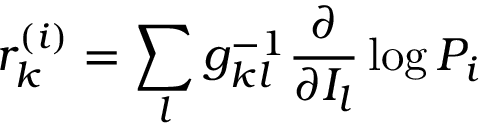
r _ { k } ^ { ( i ) } = \sum _ { l } g _ { k l } ^ { - 1 } \frac { \partial } { \partial I _ { l } } \log P _ { i }